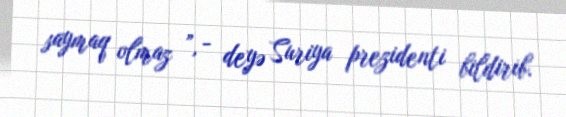
saymaq olmaz ”, - deyə Suriya prezidenti bildirib.